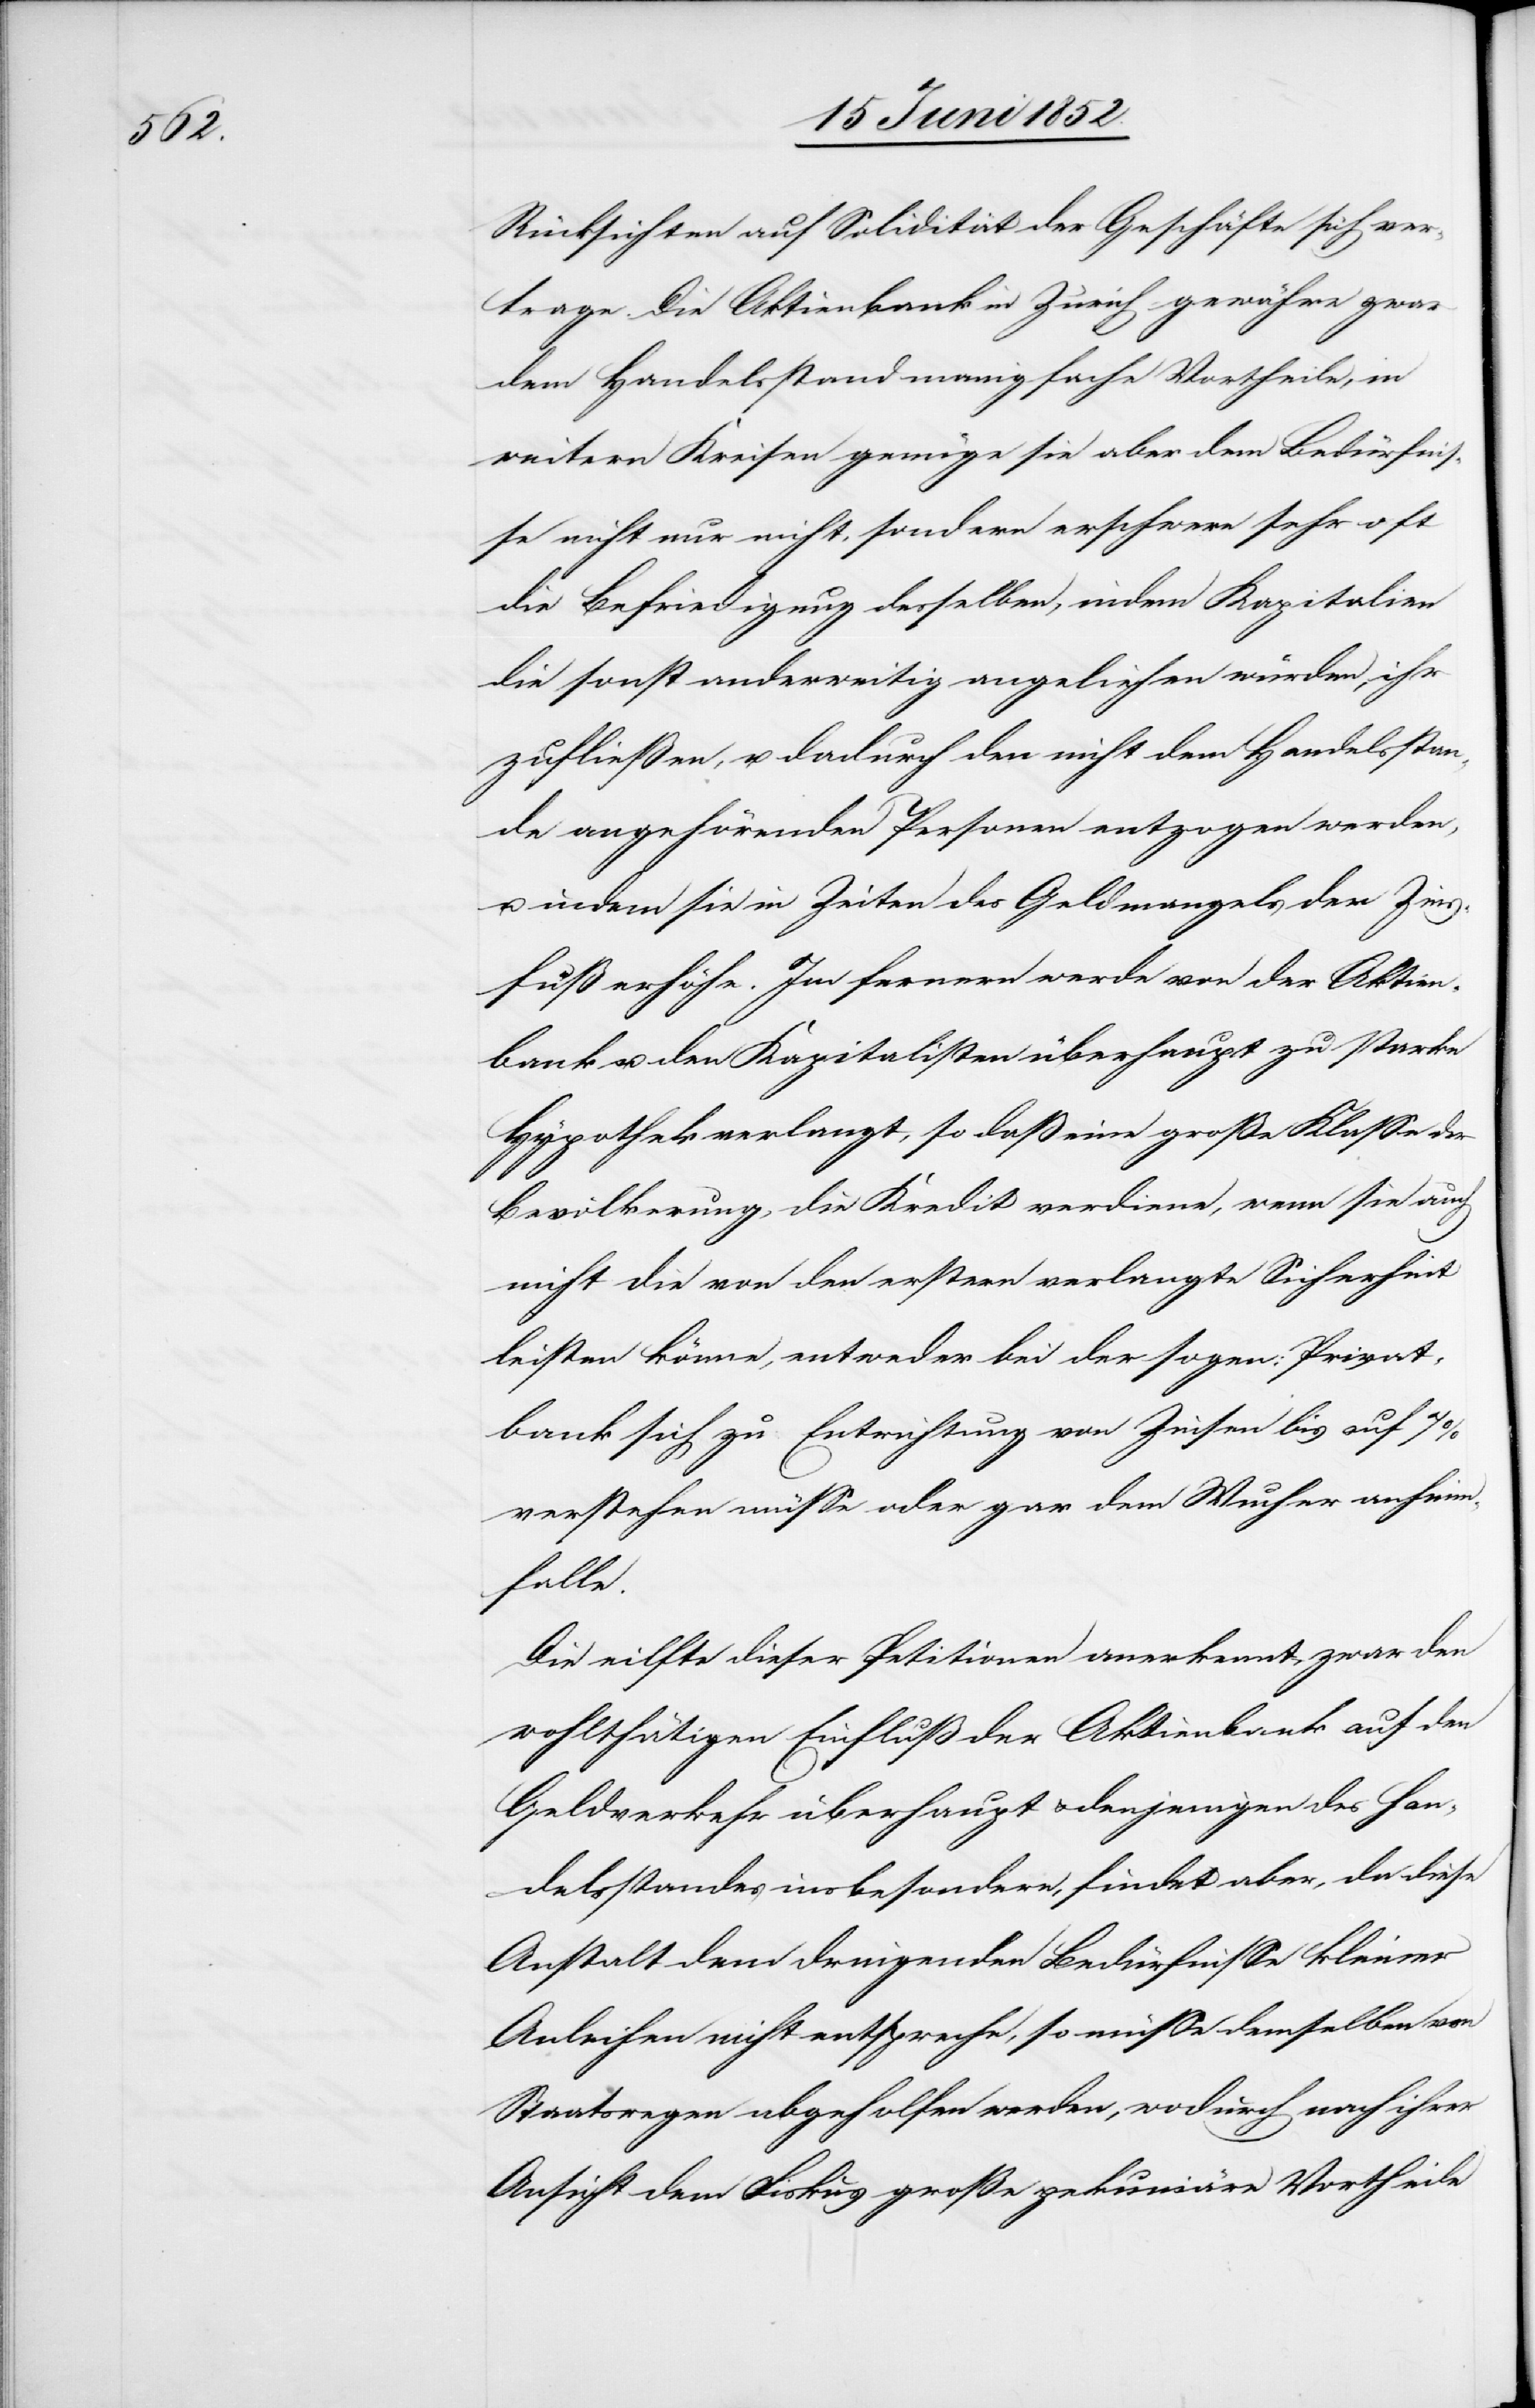
Rücksichten auf Solidität der Geschäfte sich ver¬
trage. Die Aktienbank in Zürich gewähre zwar
dem Handelsstand manigfache Vortheile, in
weitern Kreisen genüge sie aber dem Bedürfnis¬
se nicht nur nicht, sondern erschwere sehr oft
die Befriedigung desselben, indem Kapitalien
die sonst anderweitig angeliehen würden, ihr
zufließen, u. dadurch den nicht dem Handelsstan¬
de angehörenden Personen entzogen werden,
indem sie in Zeiten des Geldmangels der Zins¬
fuß erhöhe. Im fernern werde von der Aktien¬
bank u. den Kapitalisten überhaupt zu starke
Hypothek verlangt, so daß eine große Klasse der
Bevölkerung, die Kredit verdiene, wenn sie auch
nicht die von den erstern verlangte Sicherheit
leisten könne, entweder bei der sogen: Privat¬
bank sich zu Entrichtung von Zinsen bis auf 7%
verstehen müsse oder gar dem Wucher anheim¬
falle.
Die eilfte dieser Petitionen anerkennt zwar den
wohlthätigen Einfluß der Aktienbank auf den
Geldverkehr überhaupt & denjenigen des Han¬
delsstandes insbesondere, findet aber, da diese
Anstalt dem dringenden Bedürfnisse kleiner
Anleihen nicht entspreche, so müsse demselben von
Staatswegen abgeholfen werden, wodurch nach ihrer
Ansicht dem Fiskus große pekuniäre Vortheile